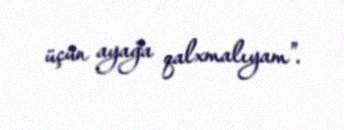
üçün ayağa qalxmalıyam”.